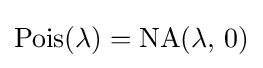
\operatorname {Pois} (\lambda )=\operatorname {NA} (\lambda ,\,0)